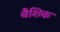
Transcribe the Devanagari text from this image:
बैशिक